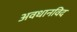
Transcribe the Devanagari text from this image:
अवधानविद